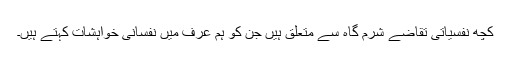
کچھ نفسیاتی تقاضے شرم گاہ سے متعلق ہیں جن کو ہم عرف میں نفسانی خواہشات کہتے ہیں۔